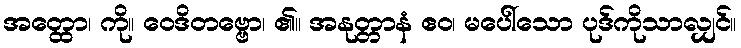
အတ္ထော၊ ကို။ ဝေဒိတဗ္ဗော၊ ၏။ အနုတ္တာနံ ဧဝ၊ မပေါ်သော ပုဒ်ကိုသာလျှင်။